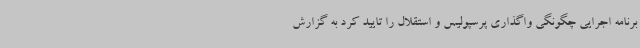
برنامه اجرایی چگونگی واگذاری پرسپولیس و استقلال را تایید کرد به گزارش